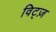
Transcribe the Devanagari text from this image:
विट्ज़